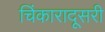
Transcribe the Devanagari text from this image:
चिंकारादूसरी